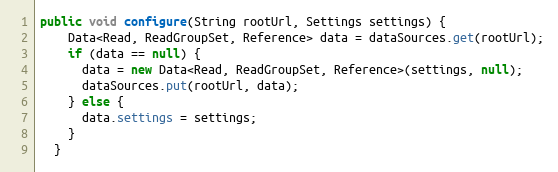
Language: Java
public void configure(String rootUrl, Settings settings) {
    Data<Read, ReadGroupSet, Reference> data = dataSources.get(rootUrl);
    if (data == null) {
      data = new Data<Read, ReadGroupSet, Reference>(settings, null);
      dataSources.put(rootUrl, data);
    } else {
      data.settings = settings;
    }
  }